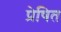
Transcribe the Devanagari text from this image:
प्रेषित